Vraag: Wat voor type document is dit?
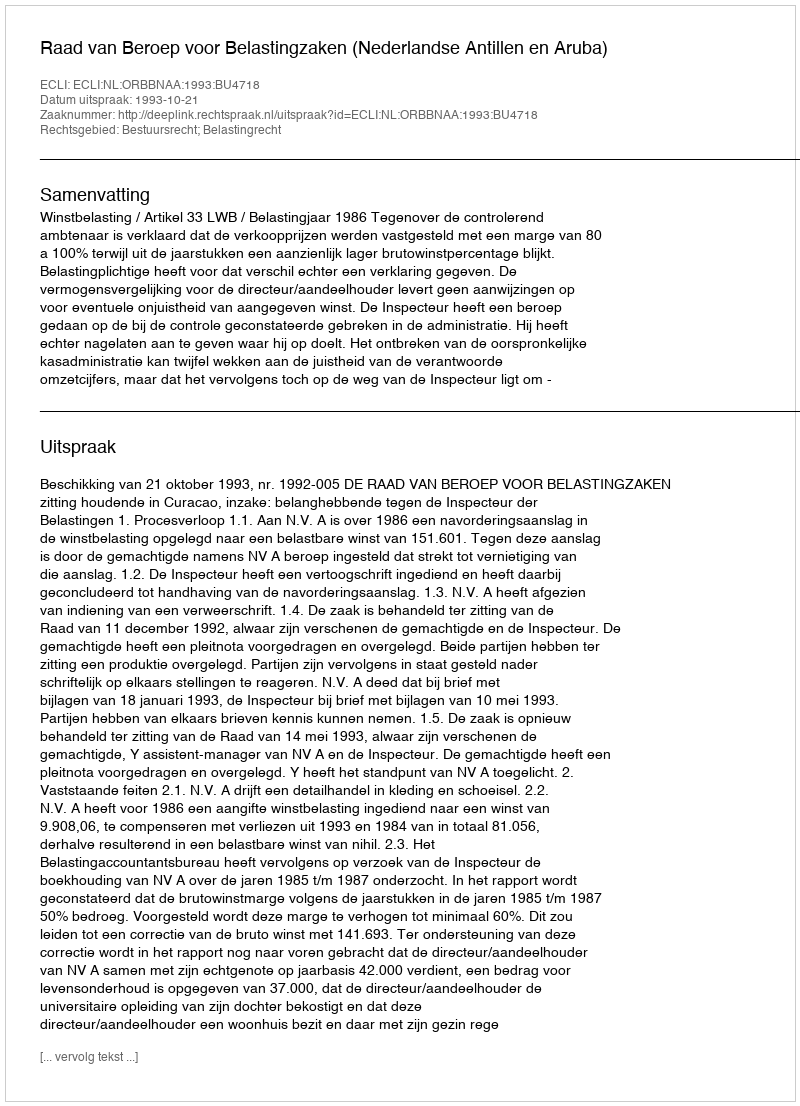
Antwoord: Uitspraak